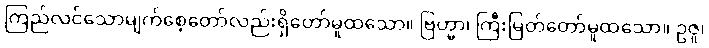
ကြည်လင်သောမျက်စေ့တော်လည်းရှိတော်မူထသော။ ဗြဟ္မာ၊ ကြီးမြတ်တော်မူထသော။ ဥဇူ၊